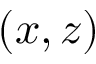
( x , z )